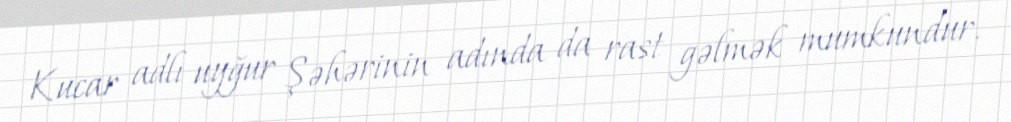
Kucar adlı uyğur Şəhərinin adında da rast gəlmək mumkundur.